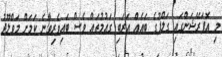
މި އޮޕަރޭޝަންގައި ގަލްފުގެ ބައެއް އަރަބި ގައުމުތައް ވެސް ބައިވެރިވާނެ ކަމަށް މަވްލޫދު